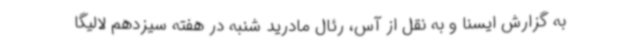
به گزارش ایسنا و به نقل از آس، رئال مادرید شنبه در هفته سیزدهم لالیگا